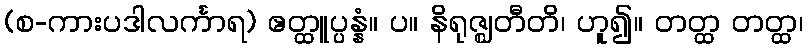
(စ-ကားပဒါလင်္ကာရ) ဧတ္ထူပ္ပန္နံ။ ပ။ နိရုဇ္ဈတီတိ၊ ဟူ၍။ တတ္ထ တတ္ထ၊